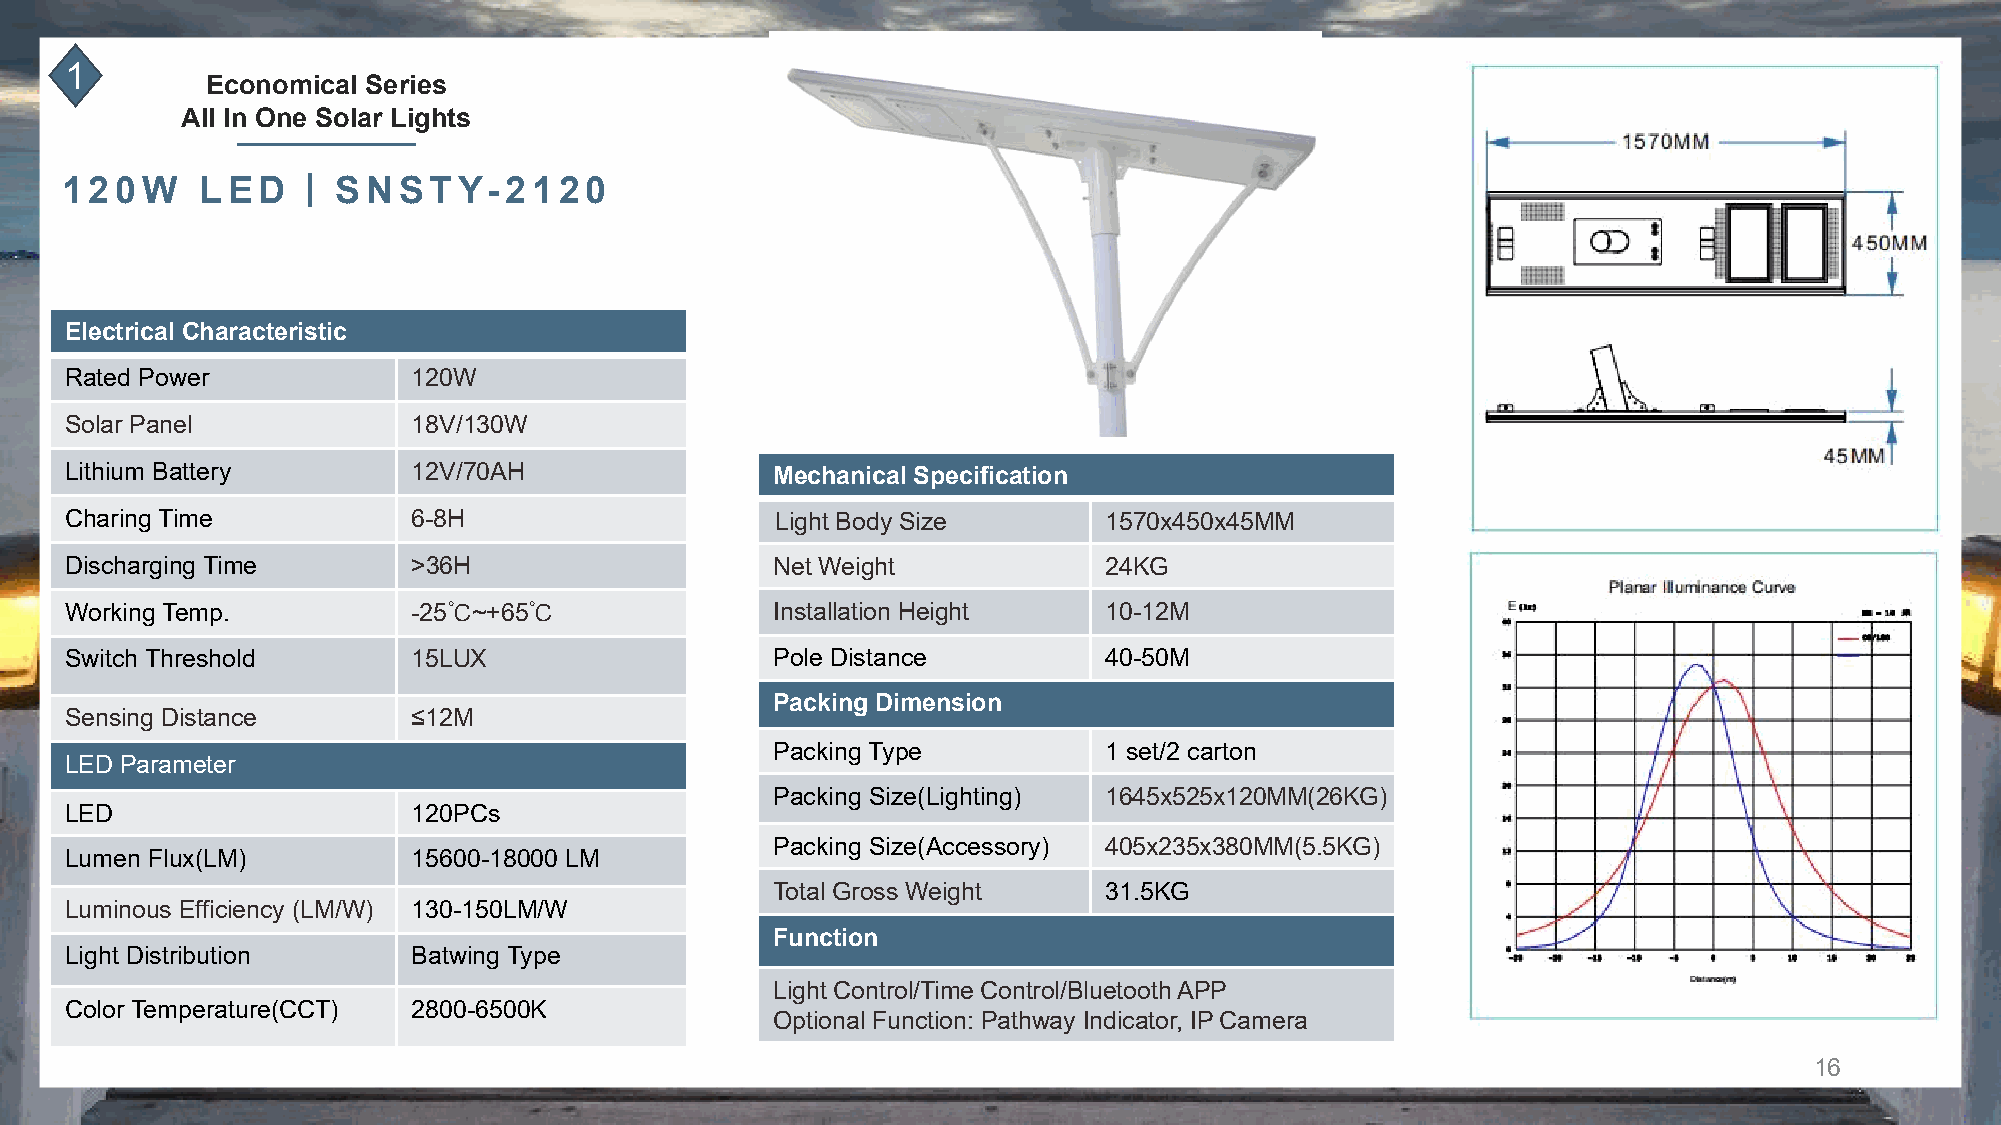
1
 Economical Series
 All In One Solar Lights
 丨
 120W     LED      SNSTY-2120
 Electrical Characteristic
 Rated Power            120W
 Solar Panel            18V/130W
 Lithium Battery        12V/70AH                Mechanical Specification
 Charing Time           6-8H                    Light Body Size       1570x450x45MM
 Discharging Time       >36H                    Net Weight            24KG
 Working Temp.          -25℃~+65℃               Installation Height   10-12M
 Switch Threshold       15LUX                   Pole Distance         40-50M
 Packing Dimension
 Sensing Distance       ≤12M
 Packing Type          1 set/2 carton
 LED Parameter
 Packing Size(Lighting) 1645x525x120MM(26KG)
 LED                    120PCs
 Packing Size(Accessory) 405x235x380MM(5.5KG)
 Lumen Flux(LM)         15600-18000 LM
 Total Gross Weight    31.5KG
 Luminous Efficiency (LM/W) 130-150LM/W
 Function
 Light Distribution     Batwing Type
 Light Control/Time Control/Bluetooth APP
 Color Temperature(CCT) 2800-6500K
 Optional Function: Pathway Indicator, IP Camera
 16